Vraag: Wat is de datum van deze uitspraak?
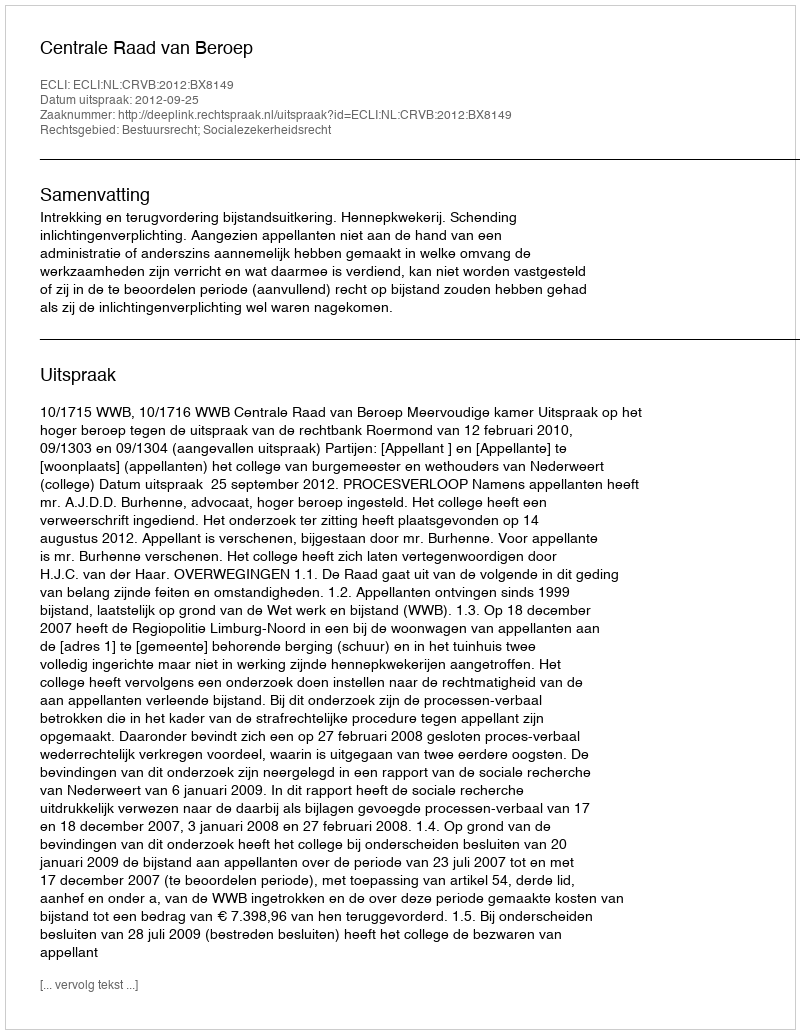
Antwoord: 2012-09-25